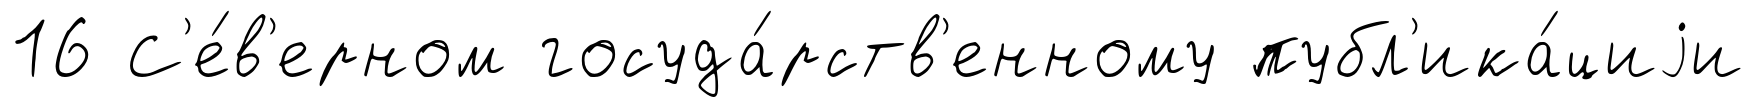
16 С'е́в'ерном госуда́рств'енному публ'ика́циjи